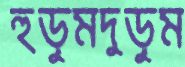
হুড়ুমদুড়ুম